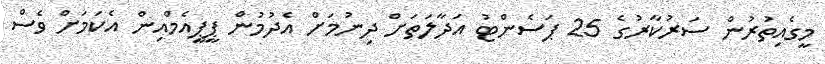
މީގެއިތުރުން ސަރުކާރުގެ 25 ޕަސެންޓު އަދާލަތަށް ދިނުމަށް އެދުމުން ޕީޕީއެމްއިން އެކަމަށް ވެސް